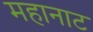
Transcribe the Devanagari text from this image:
महानाट